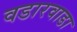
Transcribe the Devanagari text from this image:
वडारवाडा